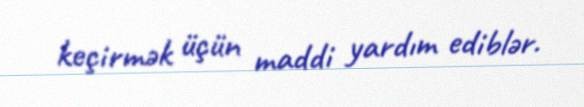
keçirmək üçün maddi yardım ediblər.